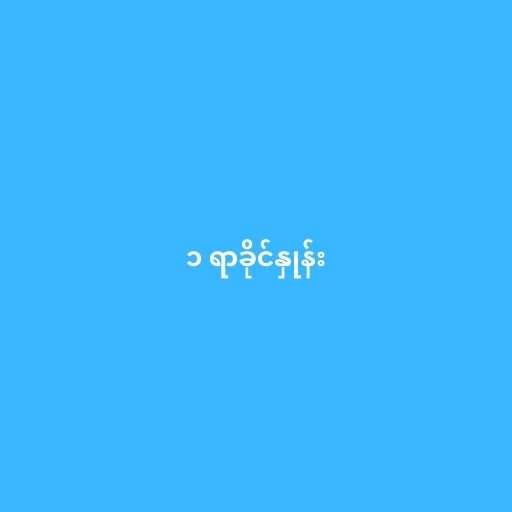
၁ ရာခိုင်နှုန်း